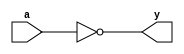
module santhosh_inv(y,a);
	output y;
	input a;
	
	assign y=~a;
	
endmodule